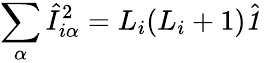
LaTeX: \sum_{\alpha}\hat{I}_{i\alpha}^{2}=L_{i}(L_{i}+1)\hat{\textbf{\textit{1}}\, }